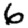
Digit: 6